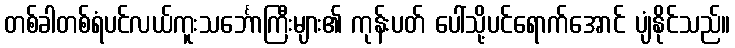
တစ်ခါတစ်ရံပင်လယ်ကူးသင်္ဘောကြီးများ၏ ကုန်းပတ် ပေါ်သို့ပင်ရောက်အောင် ပျံနိုင်သည်။